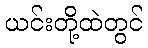
ယင်းတို့ထဲတွင်